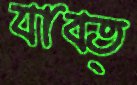
যাবত্